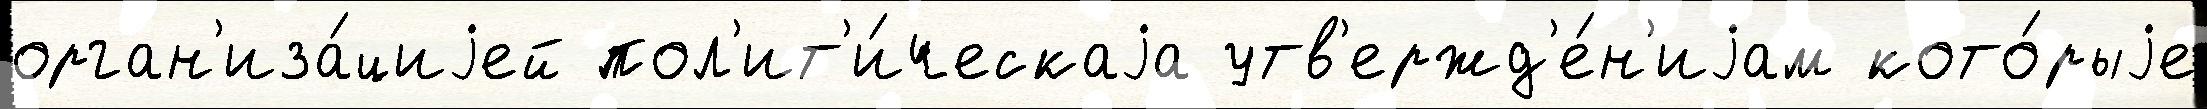
орган'иза́циjей пол'ит'и́ческаjа утв'ержд'е́н'иjам кото́рыjе